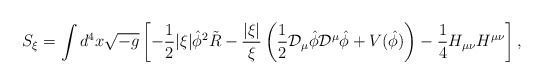
\begin{align*}S_\xi=\int d^4 x\sqrt{-g}\left[ -{1\over 2}|\xi|\hat{\phi}^2 \tilde{R} -\frac{|\xi|}{\xi}\left( {1\over 2}{\cal D}_\mu \hat{\phi} {\cal D}^\mu \hat{\phi} + V(\hat{\phi}) \right) - {1\over 4} H_{\mu\nu} H^{\mu\nu}\right],\end{align*}